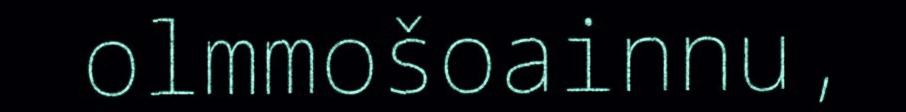
olmmošoainnu,